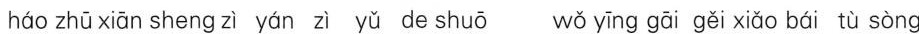
háo zhū xiān sheng zì yán zì yǔ de shuō wǒ yīng gāi gěi xiǎo bái tù sòng